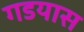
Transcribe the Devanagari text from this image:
गडयास